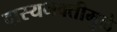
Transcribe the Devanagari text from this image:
दास्यभक्तीमुळे